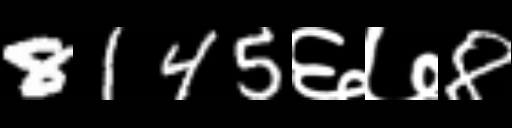
Text: 8145६७8